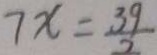
7 x = \frac { 3 9 } { 2 }